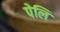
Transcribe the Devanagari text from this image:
पेलि